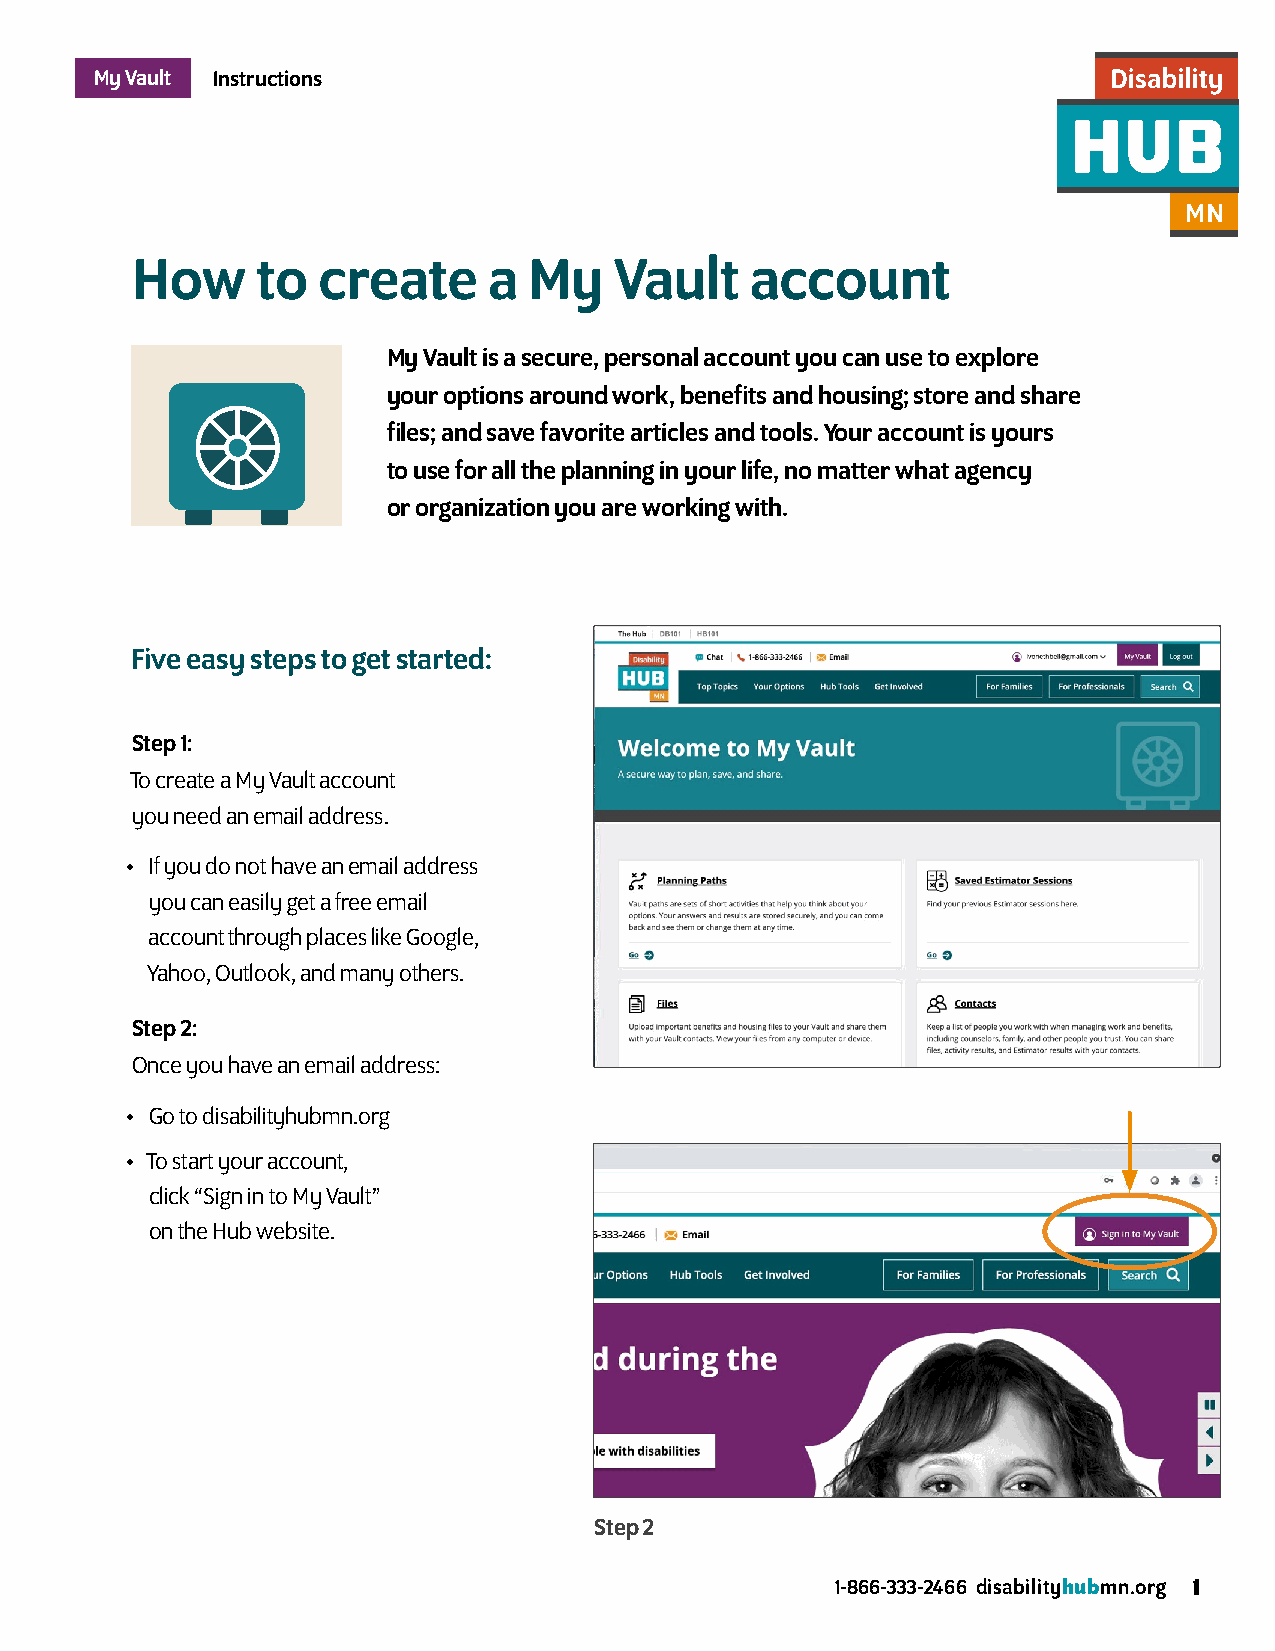
My Vault Instructions
 How     to  create     a  My    Vault    account
 My Vault is a secure, personal account you can use to explore
 your options around work, benefits and housing; store and share
 files; and save favorite articles and tools. Your account is yours
 to use for all the planning in your life, no matter what agency
 or organization you are working with.
 Five easy steps to get started:
 Step 1:
 To create a My Vault account
 you need an email address.
 • If you do not have an email address
 you can easily get a free email
 account through places like Google,
 Yahoo, Outlook, and many others.
 Step 2:
 Once you have an email address:
 • Go to disabilityhubmn.org
 • To start your account,
 click “Sign in to My Vault”
 on the Hub website.
 Step 2
 1-866-333-2466 disabilityhubmn.org 1